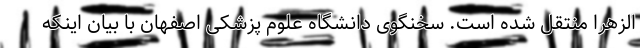
الزهرا منتقل شده است. سخنگوی دانشگاه علوم پزشکی اصفهان با بیان اینکه